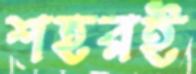
শহরই